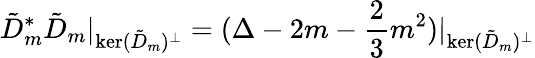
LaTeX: \tilde{D}_{m}^{*}\tilde{D}_{m}\vert_{\mathrm{ker}(\tilde{D}_{m})^{\perp}}=(\Delta-2m-\frac{2}{3}m^{2})\vert_{\mathrm{ker}(\tilde{D}_{m})^{\perp}}